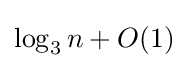
\log _{3}n+O(1)